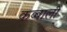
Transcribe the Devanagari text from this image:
कब्बाली